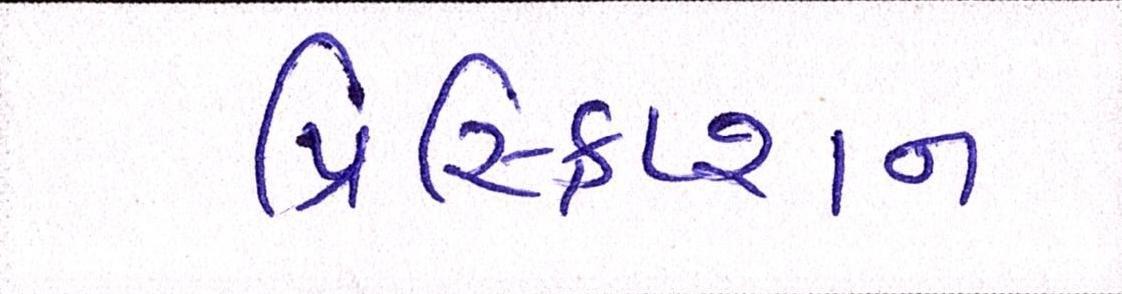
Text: પ્રિસ્ક્રિપ્શન